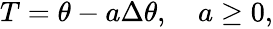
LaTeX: \begin{array}{r}{T=\theta-a\Delta\theta,\quad a\geq 0,}\end{array}